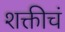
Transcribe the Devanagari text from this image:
शक्तीचं